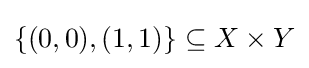
\{(0,0),(1,1)\}\subseteq X\times Y